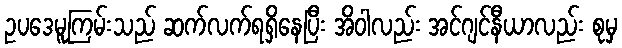
ဥပဒေမူကြမ်းသည် ဆက်လက်ရရှိနေပြီး အိဝါလည်း အင်ဂျင်နီယာလည်း စုမှ